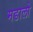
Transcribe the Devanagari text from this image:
मडालो